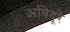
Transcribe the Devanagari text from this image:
अविदूरे